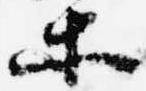
等